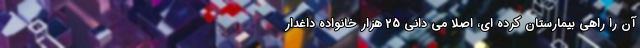
آن را راهی بیمارستان کرده ای، اصلا می دانی 25 هزار خانواده داغدار